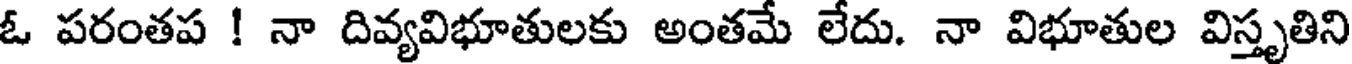
ఓ పరంతప ! నా దివ్యవిభూతులకు అంతమే లేదు. నా విభూతుల విస్తృతిని